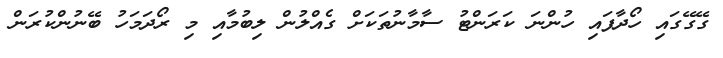
ގޭގޭގައި ހޯދާފައި ހުންނަ ކަރަންޓު ސާމާނުތަކަށް ގެއްލުން ލިބުމާއި މި ރޯދަމަހު ބޭނުންކުރަން